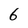
Character: 6